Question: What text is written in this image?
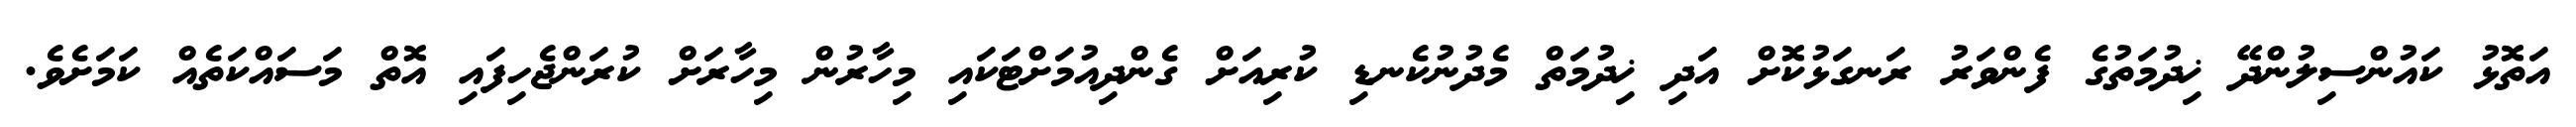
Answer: އަތޮޅު ކައުންސިލުންދޭ ޚިދުމަތުގެ ފެންވަރު ރަނގަޅުކޮށް އަދި ޚިދުމަތް މެދުނުކެނޑި ކުރިއަށް ގެންދިއުމަށްޓަކައި މިހާރުން މިހާރަށް ކުރަންޖެހިފައި އޮތް މަސައްކަތެއް ކަމަށެވެ.